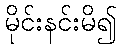
မိုင်းနင်းမိ၍